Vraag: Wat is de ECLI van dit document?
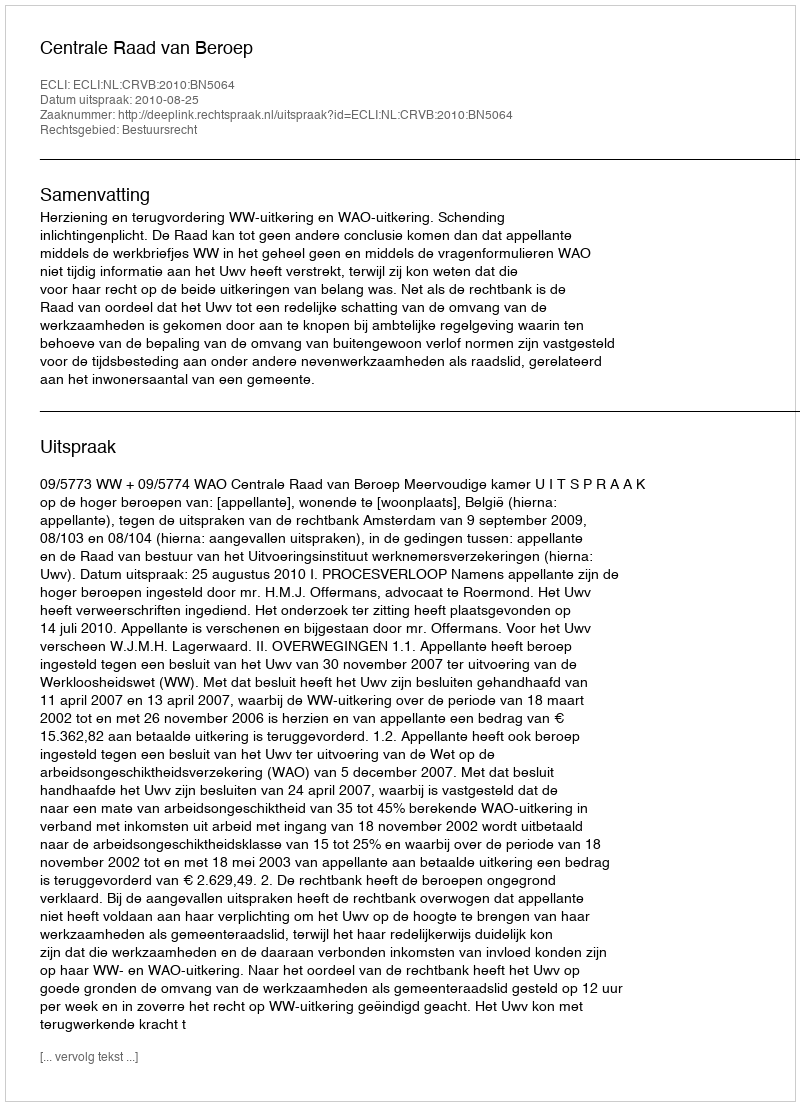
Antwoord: ECLI:NL:CRVB:2010:BN5064